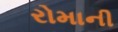
રોમાની